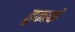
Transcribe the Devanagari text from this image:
तुकाके